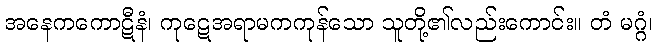
အနေကကောဋီနံ၊ ကုဋေအရာမကကုန်သော သူတို့၏လည်းကောင်း။ တံ မဂ္ဂံ၊